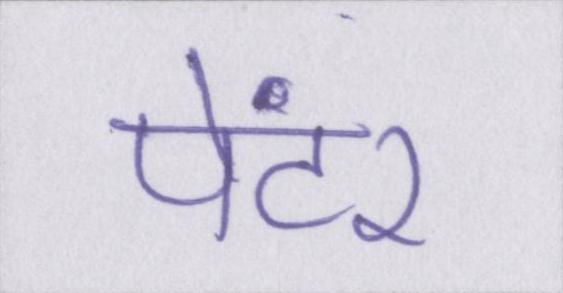
पेंटर